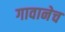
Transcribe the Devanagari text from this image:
गावानेच